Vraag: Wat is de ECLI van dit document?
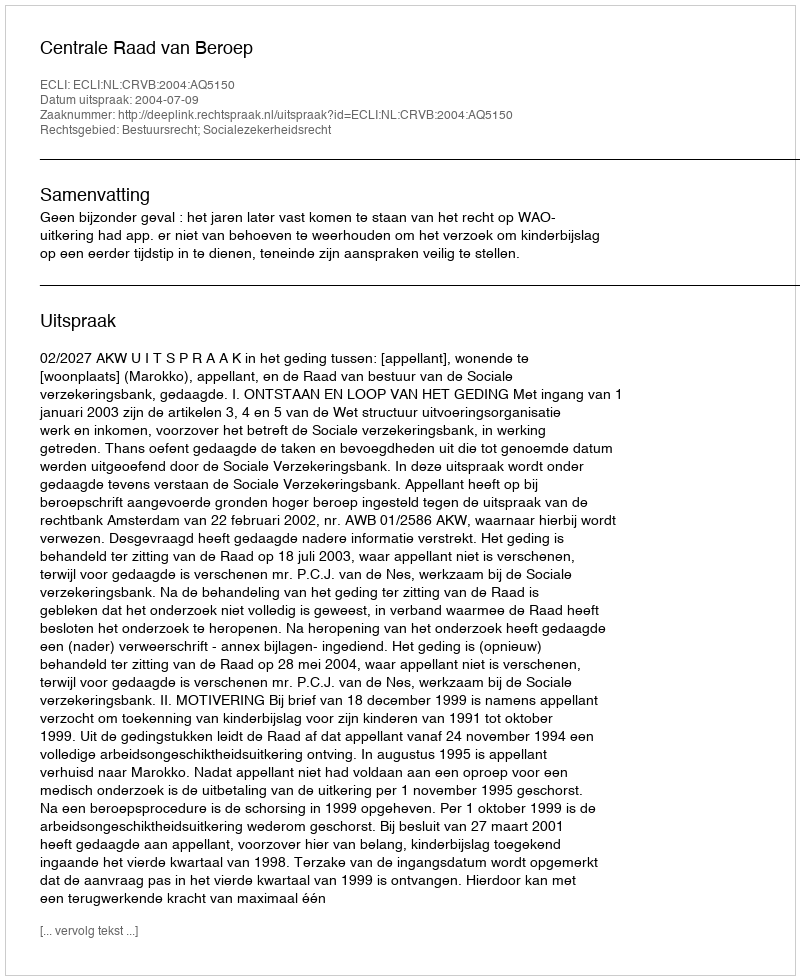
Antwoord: ECLI:NL:CRVB:2004:AQ5150